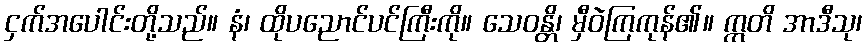
ငှက်အပေါင်းတို့သည်။ နံ၊ ထိုပညောင်ပင်ကြီးကို။ သေဝန္တိ၊ မှီဝဲကြကုန်၏။ ဣတိ အာဒီသု၊